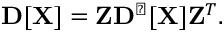
{ \displaystyle { \bf D } [ { \bf X } ] = { \bf Z } { \bf D } ^ { \perp } [ { \bf X } ] { \bf Z } ^ { T } } .